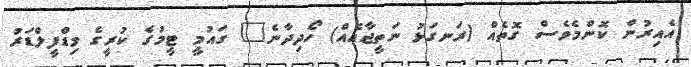
އެއިރުން ކޮންމެވެސް ގޮތެއް (ރަނގަޅު ނަތީޖާއެއް) ހޯދިދާނެ" ގައުމީ ޓީމުގެ ކުރީގެ މިޑްފީލްޑަރު